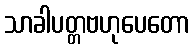
သာခါပတ္တဗဟုပေတော